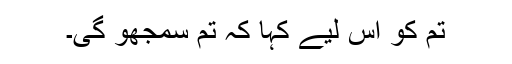
تم کو اس لیے کہا کہ تم سمجھو گی۔